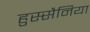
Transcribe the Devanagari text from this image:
हुस्सैनिया